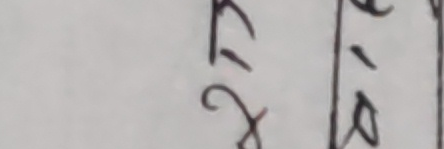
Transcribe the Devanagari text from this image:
२१७
०. १